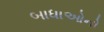
બાધાઓનો